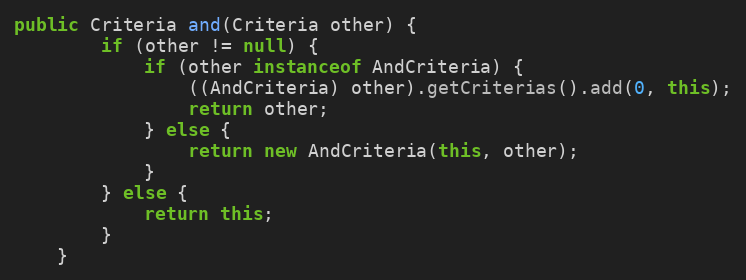
Language: Java
public Criteria and(Criteria other) {
		if (other != null) {
			if (other instanceof AndCriteria) {
				((AndCriteria) other).getCriterias().add(0, this);
				return other;
			} else {
				return new AndCriteria(this, other);
			}
		} else {
			return this;
		}
	}